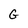
Character: G